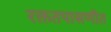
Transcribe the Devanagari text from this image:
रक्ततपासणीत